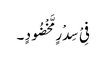
فِیْ سِدْرٍ مَّخْضُودٍ ۔